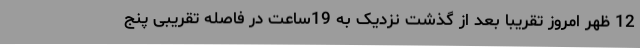
12 ظهر امروز تقریبا بعد از گذشت نزدیک به 19ساعت در فاصله تقریبی پنج